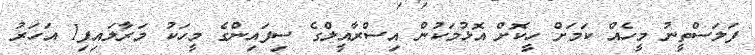
ފަލަސްތީނު މީހެއް ކަމަށް ހީކޮށް އޮޅުމަކުން އިސްރާއީލްގެ ސިފައިންގެ މީހަކު މަރާލައިފި1 އަހަރު